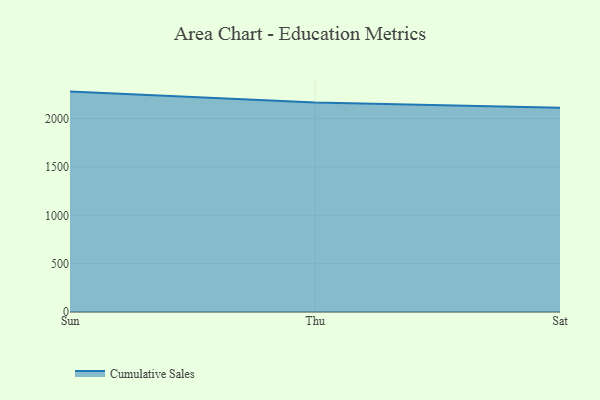
{"axis": {"x": "Day", "y": "Net Income (USD K)"}, "legend": ["Cumulative Sales"], "data": [{"x": "Sun", "y": 2279.3, "type": "Cumulative Sales"}, {"x": "Thu", "y": 2167.1, "type": "Cumulative Sales"}, {"x": "Sat", "y": 2113.1, "type": "Cumulative Sales"}]}